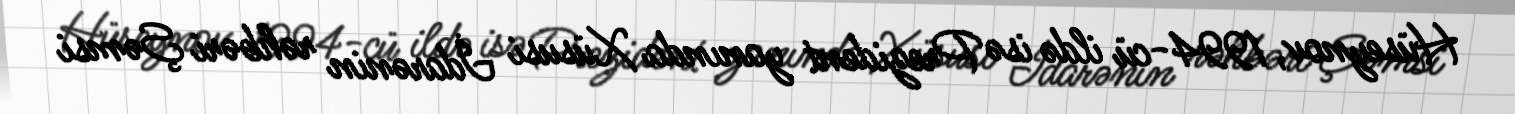
Hüseynov, 1994-cü ildə isə Prezident yanında Xüsusi İdarənin rəhbəri Şəmsi